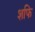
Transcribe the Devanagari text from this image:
शफि